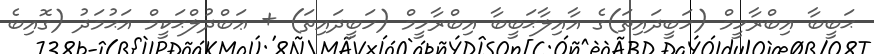
ޙަބީބާ އިބްރާހީމް (ހަބީދައިތަ)ގެ އާއިލާޙަބީބާ އިބްރާހީމް (ހަބީދައިތަ) + ޢަބްދުލްޙަކީމް އަޙުމަދު (ގޮއިބެ